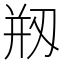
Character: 剏